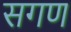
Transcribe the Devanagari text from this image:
सगण